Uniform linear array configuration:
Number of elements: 64
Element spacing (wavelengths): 0.5
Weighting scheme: binomial
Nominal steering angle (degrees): -45
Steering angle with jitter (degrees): -44.2
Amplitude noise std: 0.05
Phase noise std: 0.05

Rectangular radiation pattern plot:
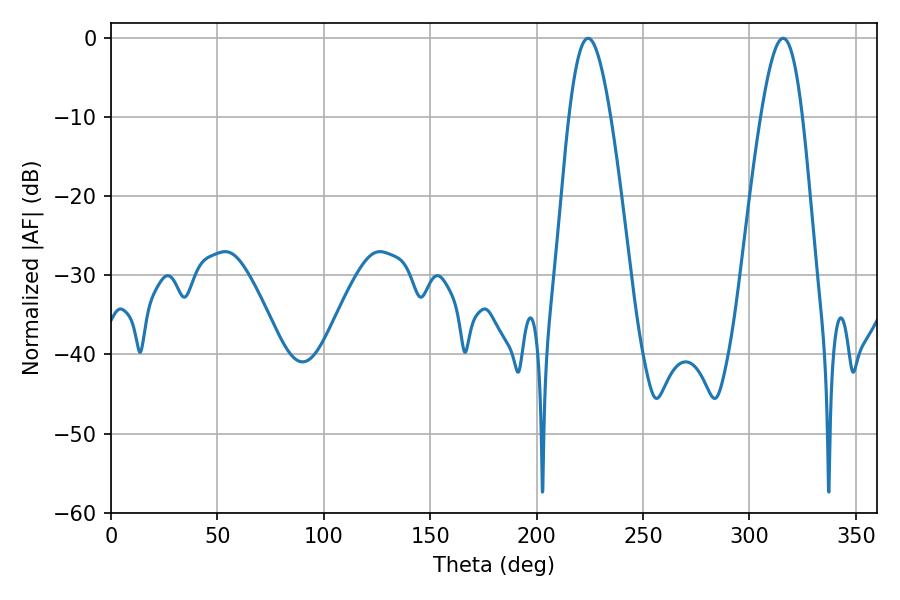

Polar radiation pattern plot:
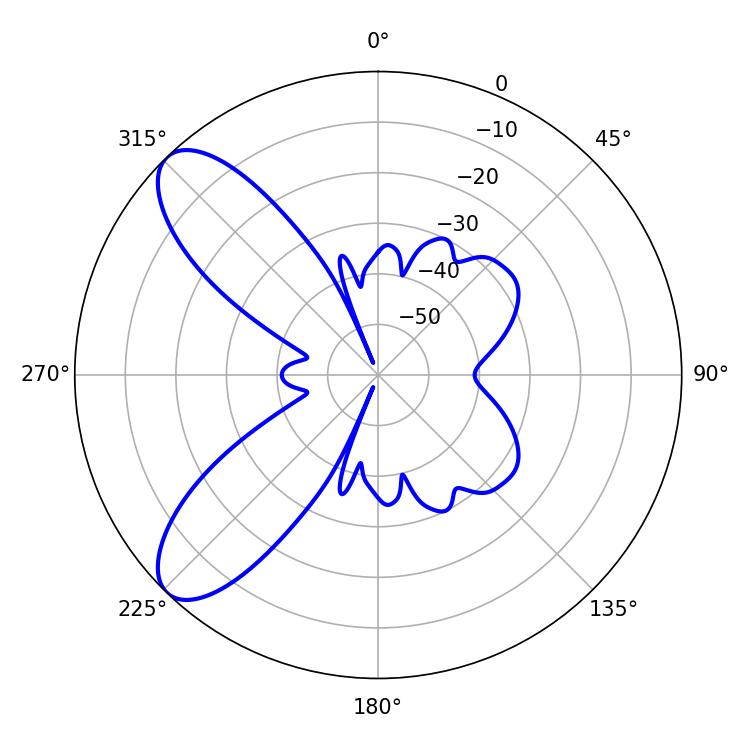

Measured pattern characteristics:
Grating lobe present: FALSE
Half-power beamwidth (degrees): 10.62
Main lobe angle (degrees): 224.1